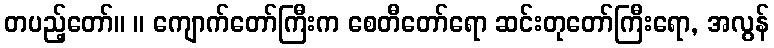
တပည့်တော်။ ။ ကျောက်တော်ကြီးက စေတီတော်ရော ဆင်းတုတော်ကြီးရော, အလွန်